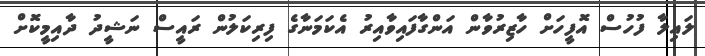
ލައިލާ ފުހުސް އޮފީހަށް ހާޒިރުވާން އަންގާފައިވާއިރު އެކަމަނާގެ ފިރިކަލުން ރައީސް ނަޝީދު ދާއިމީކޮށް